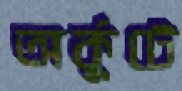
অর্কুটে